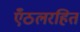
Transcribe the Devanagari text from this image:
एँठलरहित